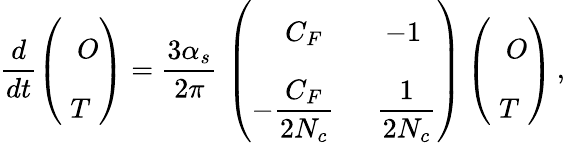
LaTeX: \frac{d}{dt}\left(\begin{array}{cc}{{\phantom{\bigg[}O}}\\ {{T}}\end{array}\right)={\frac{3\alpha_{s}}{2\pi}}\, \left(\begin{array}{cc}{{\phantom{\bigg[}C_{F}}}&{{-1}}\\ {{\displaystyle-{\frac{C_{F}}{2N_{c}}}~}}&{{\displaystyle~{\frac{1}{2N_{c}}}}}\end{array}\right)\left(\begin{array}{cc}{{\phantom{\bigg[}O}}\\ {{T}}\end{array}\right)\, ,